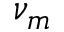
\nu _ { m }